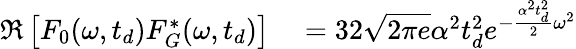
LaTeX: \begin{array}{rl}{\mathfrak{R}\left[F_{0}(\omega,t_{d})F_{G}^{*}(\omega,t_{d})\right]}&{{}=32\sqrt{2\pi e}\alpha^{2}t_{d}^{2}e^{-\frac{\alpha^{2}t_{d}^{2}}{2}\omega^{2}}}\end{array}